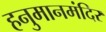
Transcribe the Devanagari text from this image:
हनुमानमंदिर